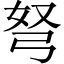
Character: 弩